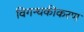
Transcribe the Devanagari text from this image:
विगन्धकीकरण